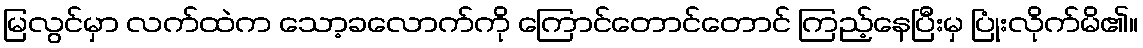
မြလွင်မှာ လက်ထဲက သော့ခလောက်ကို ကြောင်တောင်တောင် ကြည့်နေပြီးမှ ပြုံးလိုက်မိ၏။